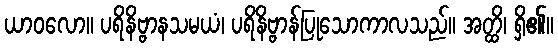
ယာဝလော။ ပရိနိဗ္ဗာနသမယံ၊ ပရိနိဗ္ဗာန်ပြုသောကာလသည်။ အတ္ထိ၊ ရှိ၏။